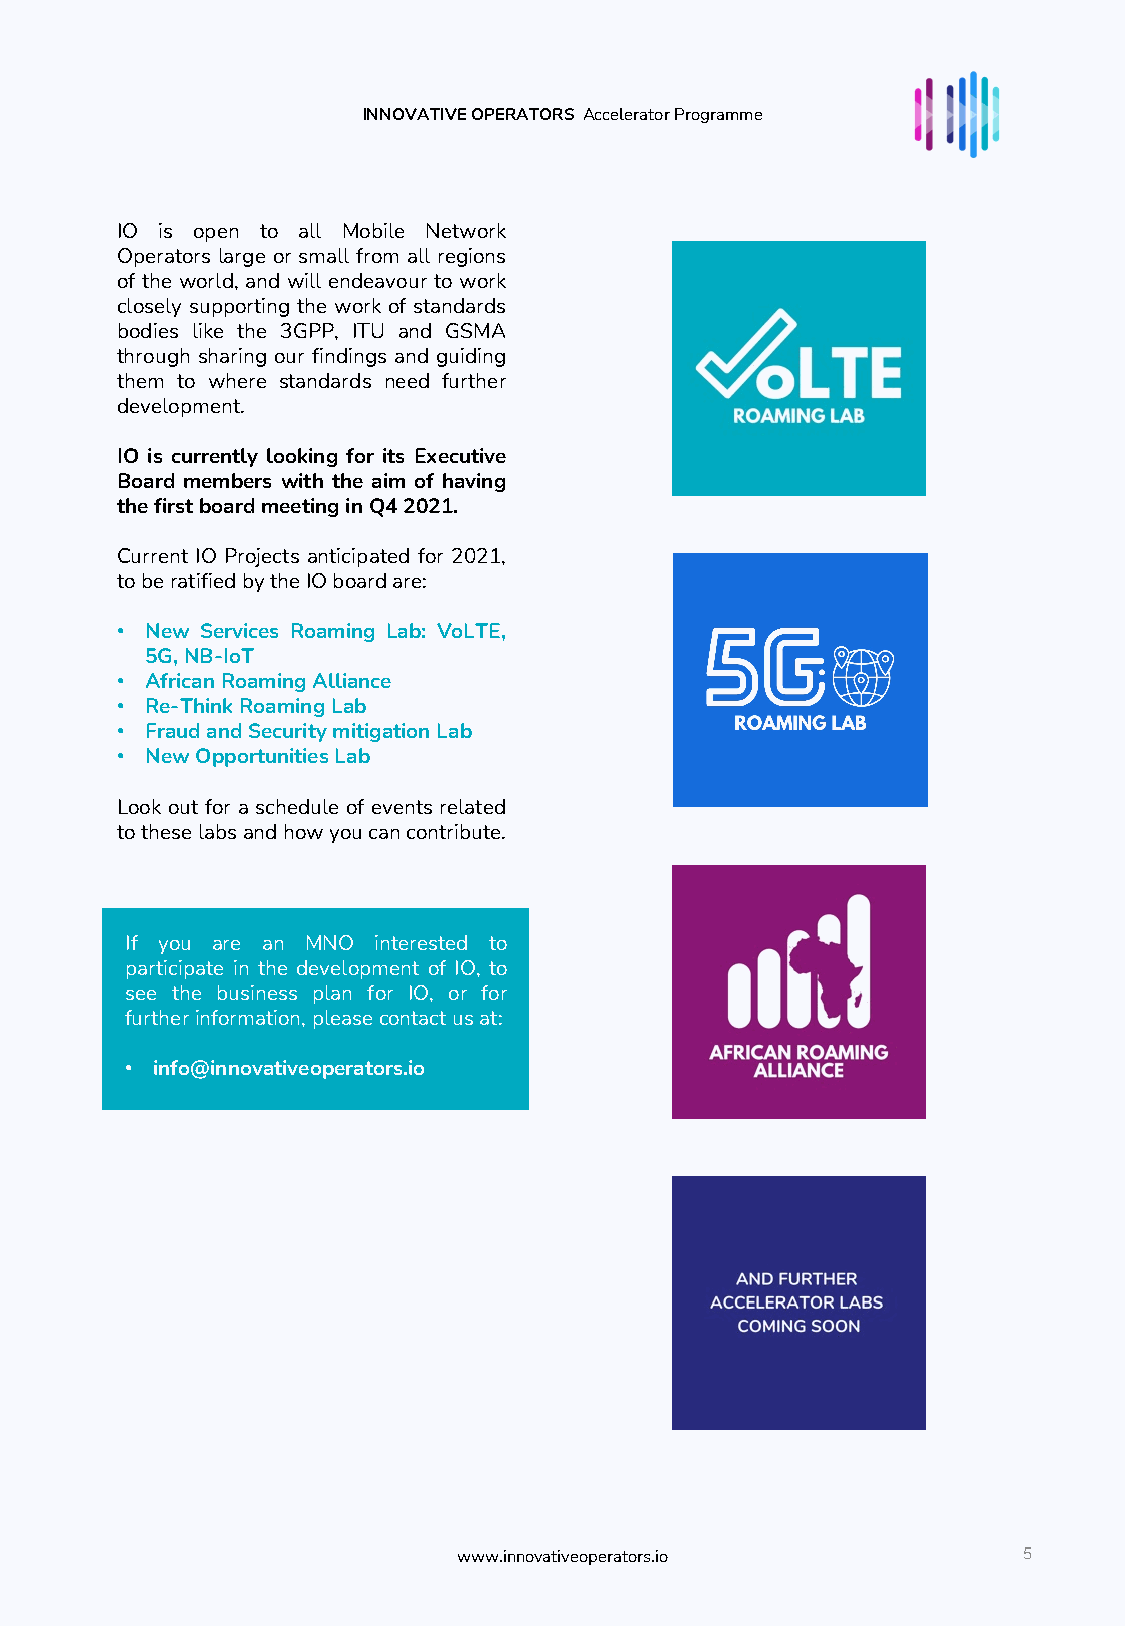
INNOVATIVE OPERATORS AcceleratorProgramme
 IO is open to all Mobile Network
 Operators large or small from all regions
 of the world, and will endeavour to work
 closely supporting the work of standards
 bodies like the 3GPP, ITU and GSMA
 through sharing our findings and guiding
 them to where standards need further
 development.
 IO is currently looking for its Executive
 Board members with the aim of having
 thefirstboardmeetinginQ42021.
 Current IO Projects anticipated for 2021,
 toberatifiedbytheIOboardare:
 • New Services Roaming Lab: VoLTE,
 5G,NB-IoT
 • AfricanRoamingAlliance
 • Re-ThinkRoamingLab
 • FraudandSecuritymitigationLab
 • NewOpportunitiesLab
 Look out for a schedule of events related
 totheselabsandhowyoucancontribute.
 If you are an MNO interested to
 participate in the development of IO, to
 see the business plan for IO, or for
 furtherinformation,pleasecontactusat:
 • info@innovativeoperators.io
 5
 www.innovativeoperators.io